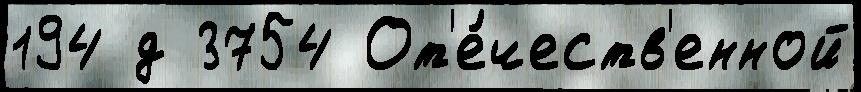
194 д 3754 От'е́честв'енной